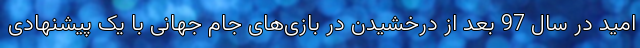
امید در سال 97 بعد از درخشیدن در بازی‌های جام جهانی با یک پیشنهادی